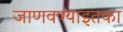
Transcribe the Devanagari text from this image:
जाणवण्याइतका